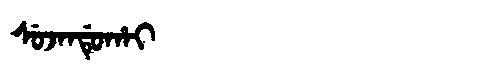
Manchu: ᠰᡠᠵᠠᠨᡩᡠᡥᠠᡳ
Romanization: SUJANDUHAI